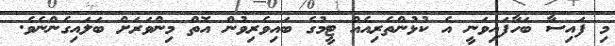
މި ފައިސާ ބަހާފައިވަނީ އެ ކުޅުންތެރިއެއް ޓީމުގެ ބައިވެރިވުން އޮތް މިންވަރަށް ބަލައިގެންނެވެ.